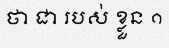
ថា ជា របស់ ខ្លួន ១